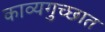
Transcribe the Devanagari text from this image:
काव्यगुच्छात